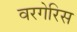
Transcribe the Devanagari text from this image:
वरगेरिस